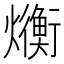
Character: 𬋛